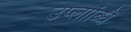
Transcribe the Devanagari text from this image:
उप्लाब्धि